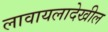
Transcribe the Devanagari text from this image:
लावायलादेखील